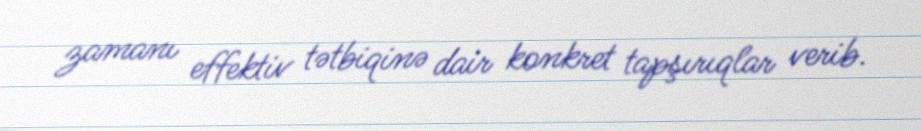
zamanı effektiv tətbiqinə dair konkret tapşırıqlar verib.